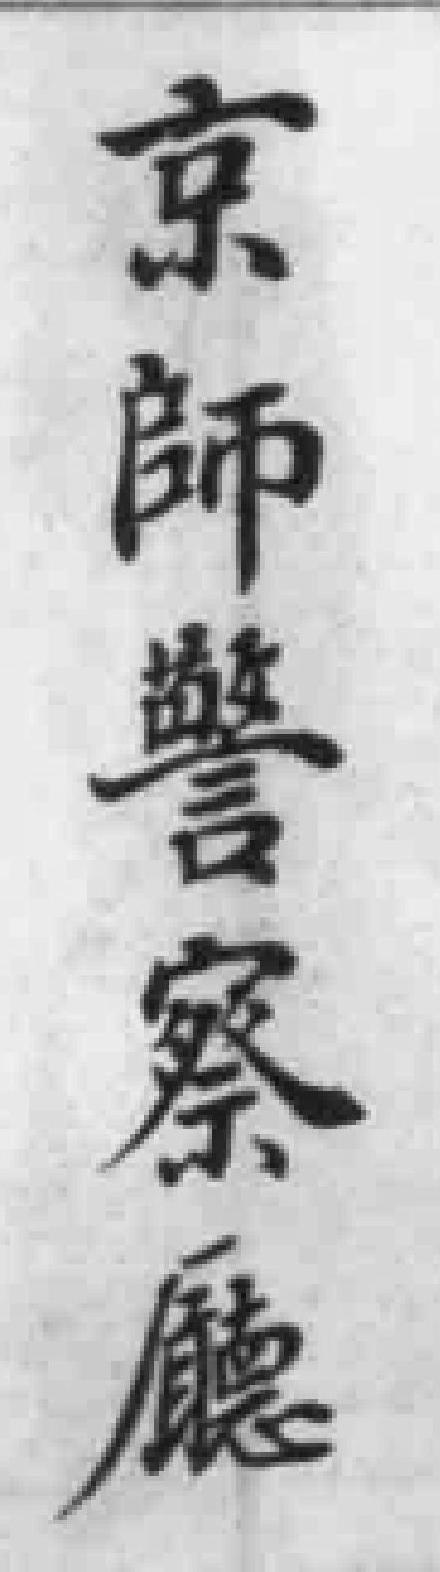
京師警察廳